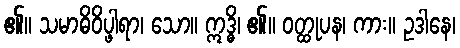
၏။ သမာဓိဝိပ္ဖါရာ၊ သော။ ဣဒ္ဓိ၊ ၏။ ဝတ္ထုပန၊ ကား။ ဥဒါနေ၊